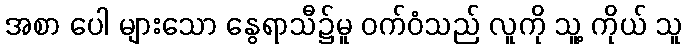
အစာ ပေါ များသော နွေရာသီ၌မူ ဝက်ဝံသည် လူကို သူ့ ကိုယ် သူ